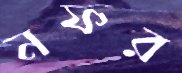
নফর